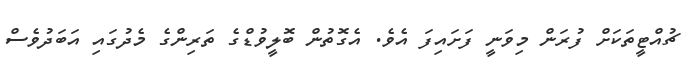
ޗުއްޓީތަކަށް ފުރަން މިވަނީ ފަށައިފަ އެވެ. އެގޮތުން ބޮލީވުޑްގެ ތަރިންގެ މެދުގައި އަބަދުވެސް